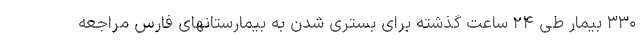
۳۳۰ بیمار طی ۲۴ ساعت گذشته برای بستری شدن به بیمارستانهای فارس مراجعه